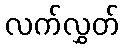
လက်လွှတ်